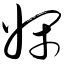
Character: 娴